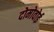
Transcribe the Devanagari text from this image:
दोमोवोई